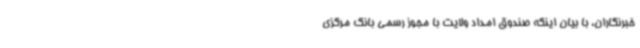
خبرنگاران، با بیان اینکه صندوق امداد ولایت با مجوز رسمی بانک مرکزی